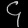
Digit: ၄